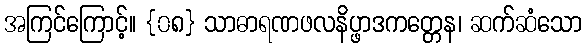
အကြင်ကြောင့်။ {၀၈} သာဓာရဏဖလနိပ္ဖာဒကတ္တေန၊ ဆက်ဆံသော